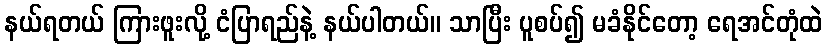
နယ်ရတယ် ကြားဖူးလို့ ငံပြာရည်နဲ့ နယ်ပါတယ်။ သာပြီး ပူစပ်၍ မခံနိုင်တော့ ရေအင်တုံထဲ